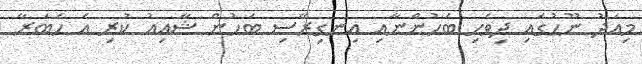
މިއަދު ނޫހުގައި ދިވެހި ބަހުންނާއި އިނގިރޭސި ބަހުން ޝާއިއު ކުރި އެ ހަބަރާ